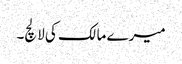
میرے مالک کی لالچ۔